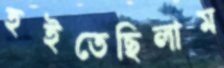
হইতেছিলাম